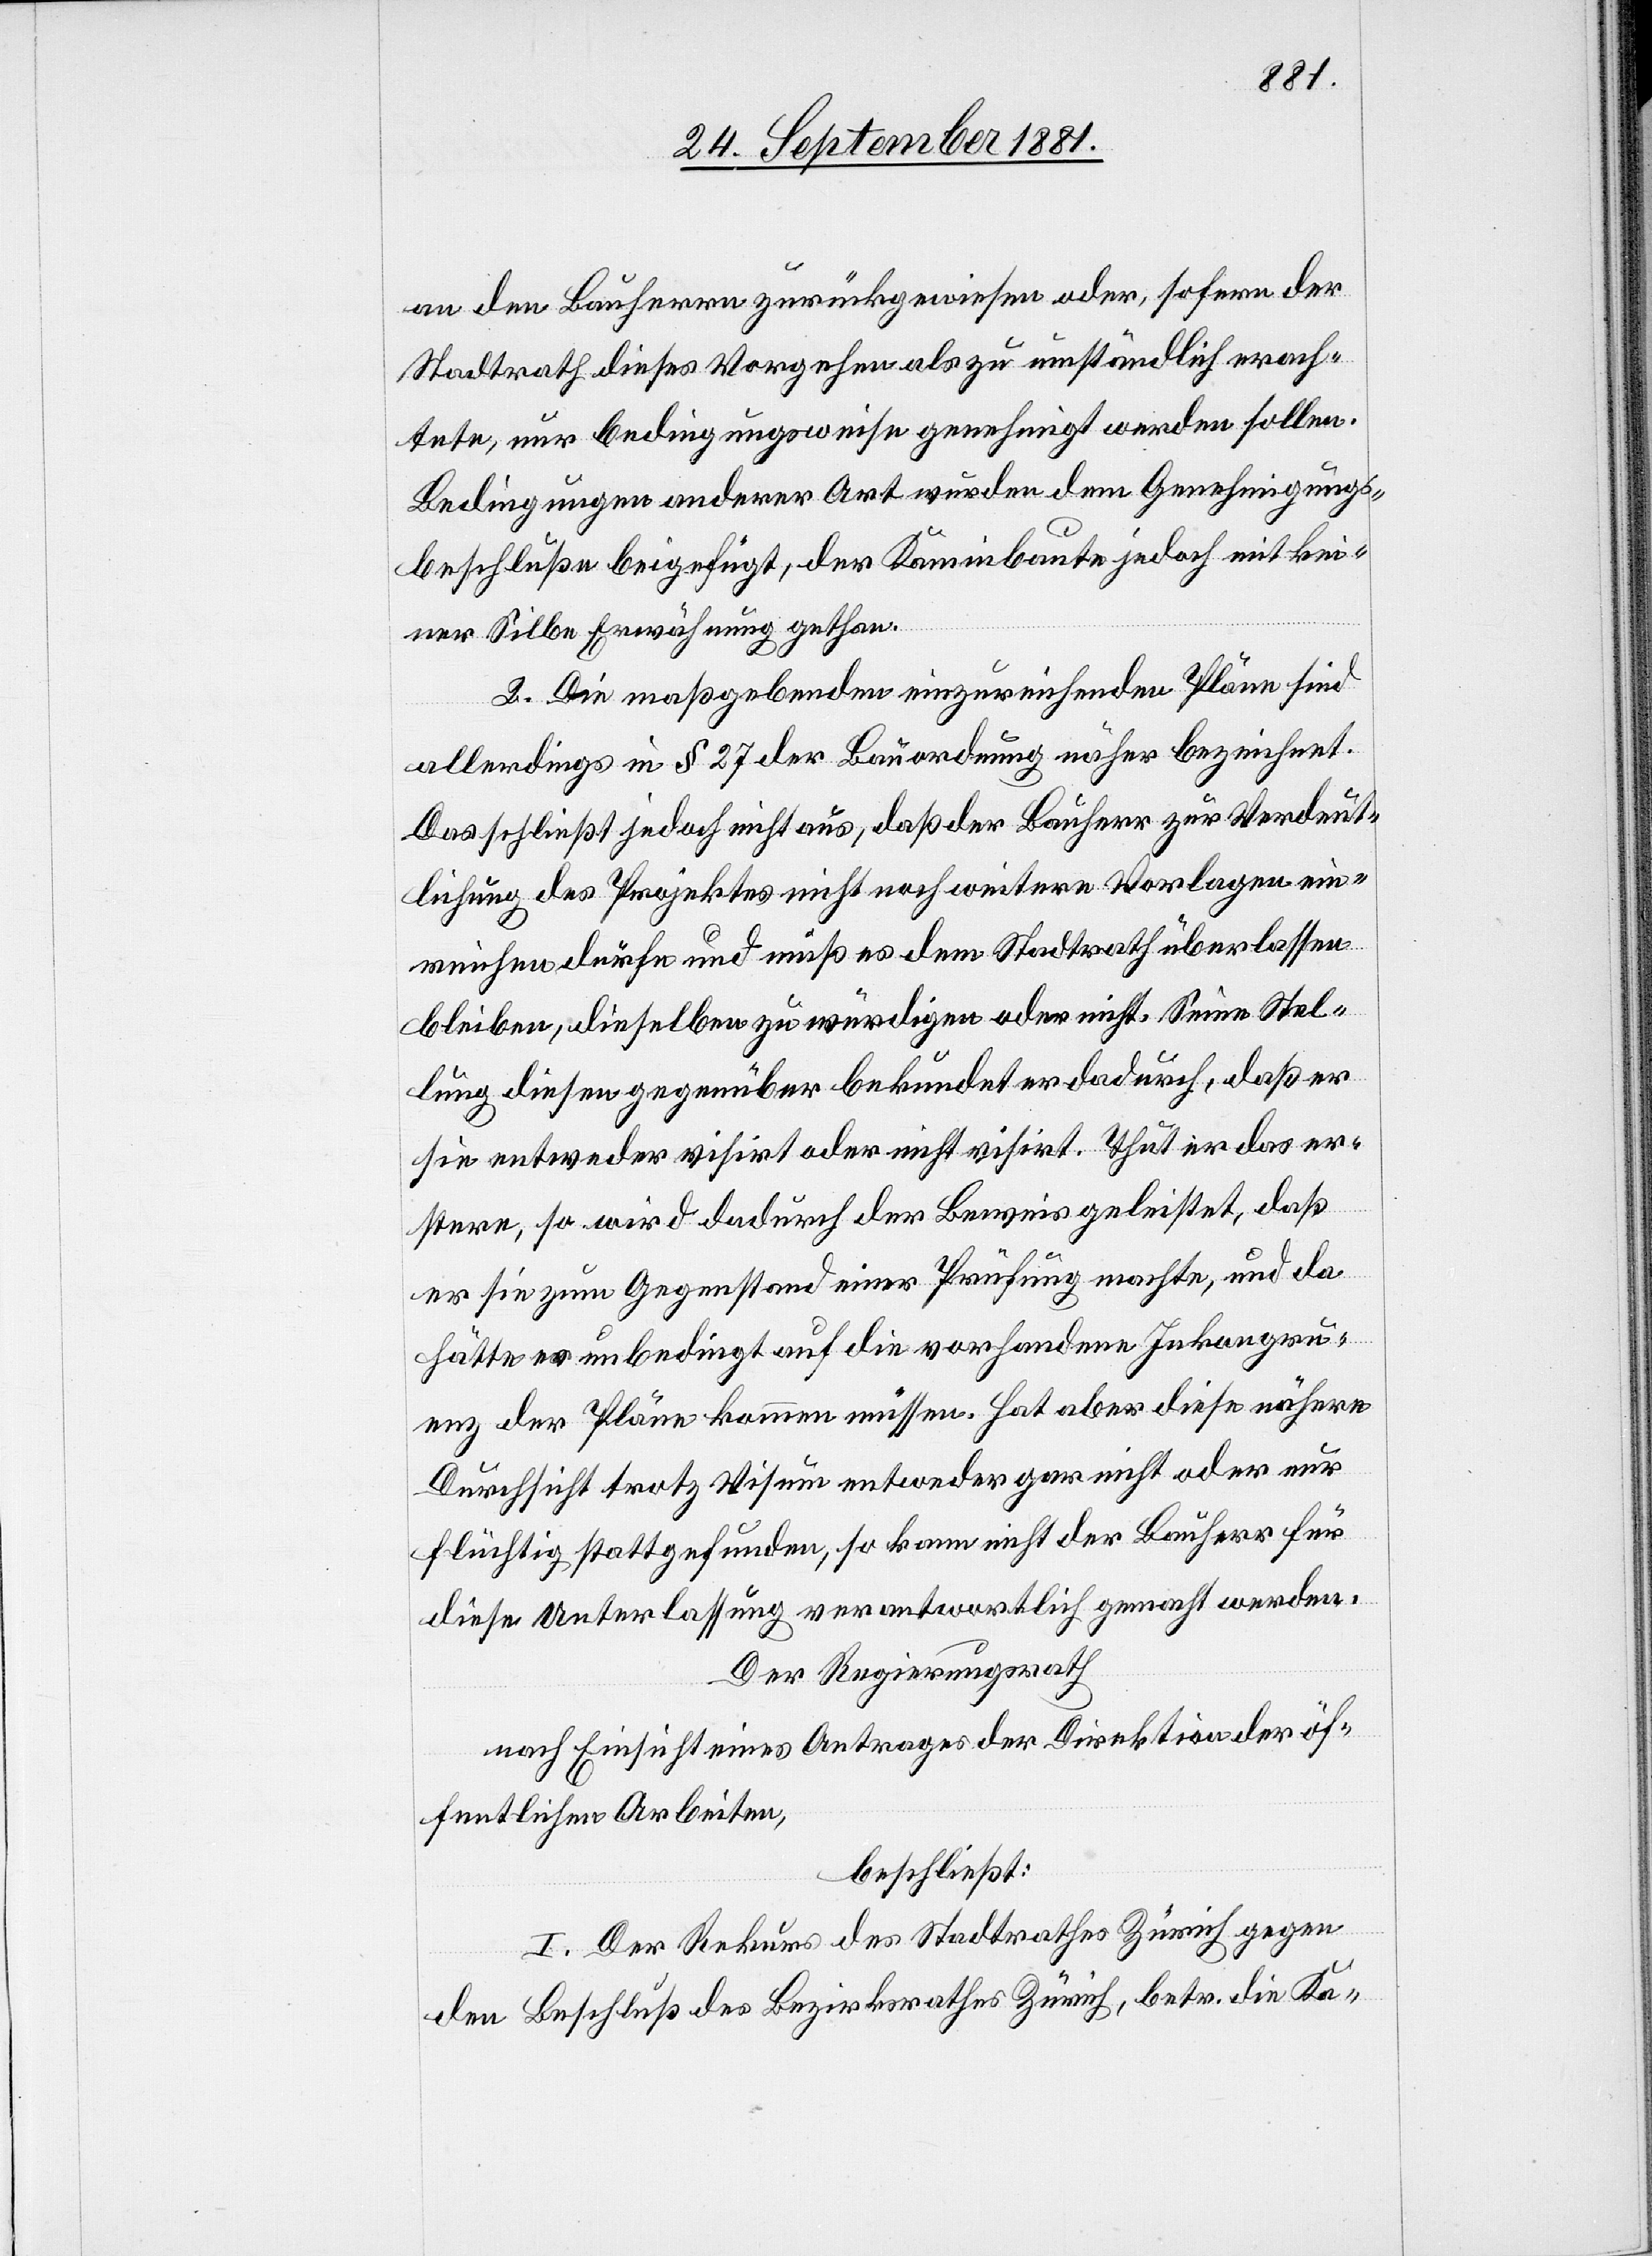
an den Bauherren zurückgewiesen oder, sofern der
Stadtrath dieses Vorgehen als zu umständlich erach¬
tete, nur bedingungsweise genehmigt werden sollen.
Bedingungen anderer Art wurden dem Genehmigungs¬
beschluße beigefügt, der Kaminbaute jedoch mit kei¬
ner Silbe Erwähnung gethan.
2. Die maßgebenden einzureichenden Pläne sind
allerdings in § 27 der Bauordnung näher bezeichnet.
Das schließt jedoch nicht aus, daß der Bauherr zur Verdeut¬
lichung des Projektes nicht noch weitere Vorlagen ein¬
reichen dürfe und muß es dem Stadtrath überlassen
bleiben, dieselben zu würdigen oder nicht. Seine Stel¬
lung diesen gegenüber bekundet er dadurch, daß er
sie entweder visirt oder nicht visirt. Thut er das er¬
stere, so wird dadurch der Beweis geleistet, daß
er sie zum Gegenstand einer Prüfung machte, und da
hätte er unbedingt auf die vorhandene Inkongru¬
enz der Pläne kommen müssen. Hat aber diese nähere
Durchsicht trotz Visum entweder gar nicht oder nur
flüchtig stattgefunden, so kann nicht der Bauherr für
diese Unterlassung verantwortlich gemacht werden.
Der Regierungsrath
nach Einsicht eines Antrages der Direktion der öf¬
fentlichen Arbeiten,
beschließt:
I. Der Rekurs des Stadtrathes Zürich gegen
den Beschluß des Bezirksrathes Zürich, betr. die Ka-